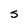
Character: s